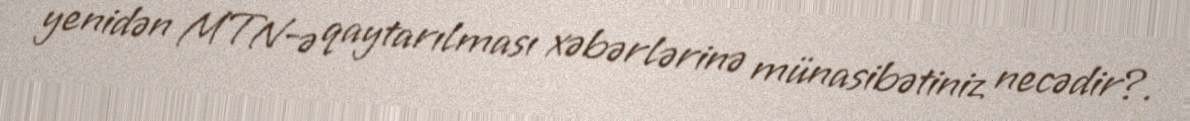
yenidən MTN-ə qaytarılması xəbərlərinə münasibətiniz necədir?.